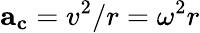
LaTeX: \mathbf{a}_{\mathbf{c}}=v^{2}/r=\omega^{2}r